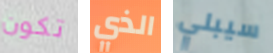
تكون الذي سيبلي